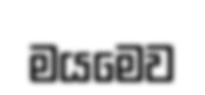
මයමෙව